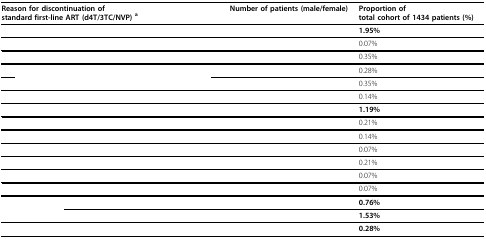
<table><thead><tr><td><b>Reason for discontinuation ofstandard first-line ART (d4T/3TC/NVP) <sup>a</sup></b></td><td><b>Number of patients (male/female)</b></td><td><b>Proportion oftotal cohort of 1434 patients (%)</b></td></tr></thead><tbody><tr><td>[EMPTY_CELL]</td><td>[EMPTY_CELL]</td><td><b>1.95%</b></td></tr><tr><td>[EMPTY_CELL]</td><td>[EMPTY_CELL]</td><td>0.07%</td></tr><tr><td>[EMPTY_CELL]</td><td>[EMPTY_CELL]</td><td>0.35%</td></tr><tr><td>[EMPTY_CELL]</td><td>[EMPTY_CELL]</td><td>0.28%</td></tr><tr><td>[EMPTY_CELL]</td><td>[EMPTY_CELL]</td><td>0.35%</td></tr><tr><td>[EMPTY_CELL]</td><td>[EMPTY_CELL]</td><td>0.14%</td></tr><tr><td>[EMPTY_CELL]</td><td>[EMPTY_CELL]</td><td><b>1.19%</b></td></tr><tr><td>[EMPTY_CELL]</td><td>[EMPTY_CELL]</td><td>0.21%</td></tr><tr><td>[EMPTY_CELL]</td><td>[EMPTY_CELL]</td><td>0.14%</td></tr><tr><td>[EMPTY_CELL]</td><td>[EMPTY_CELL]</td><td>0.07%</td></tr><tr><td>[EMPTY_CELL]</td><td>[EMPTY_CELL]</td><td>0.21%</td></tr><tr><td>[EMPTY_CELL]</td><td>[EMPTY_CELL]</td><td>0.07%</td></tr><tr><td>[EMPTY_CELL]</td><td>[EMPTY_CELL]</td><td>0.07%</td></tr><tr><td>[EMPTY_CELL]</td><td>[EMPTY_CELL]</td><td><b>0.76%</b></td></tr><tr><td>[EMPTY_CELL]</td><td>[EMPTY_CELL]</td><td><b>1.53%</b></td></tr><tr><td>[EMPTY_CELL]</td><td>[EMPTY_CELL]</td><td><b>0.28%</b></td></tr></tbody></table>